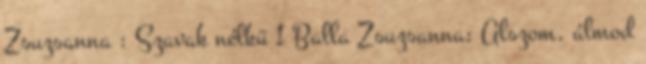
Zsuzsanna : Szavak nélkü 1 Balla Zsuzsanna: Alszom, álmod